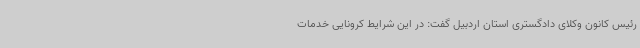
رئیس کانون وکلای دادگستری استان اردبیل گفت: در این شرایط کرونایی خدمات